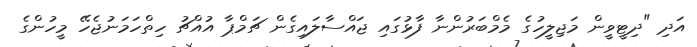
އަދި "ދިޓީވީން މަޖިލީހުގެ މެމްބަރުންނާ ފާޅުގައި ޖައްސާލައިގެން ޗަމްޕާ އުއްޗު ހިތްހަމަނުޖެހޭ މީހުންގެ